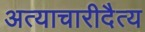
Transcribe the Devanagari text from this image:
अत्याचारीदैत्य